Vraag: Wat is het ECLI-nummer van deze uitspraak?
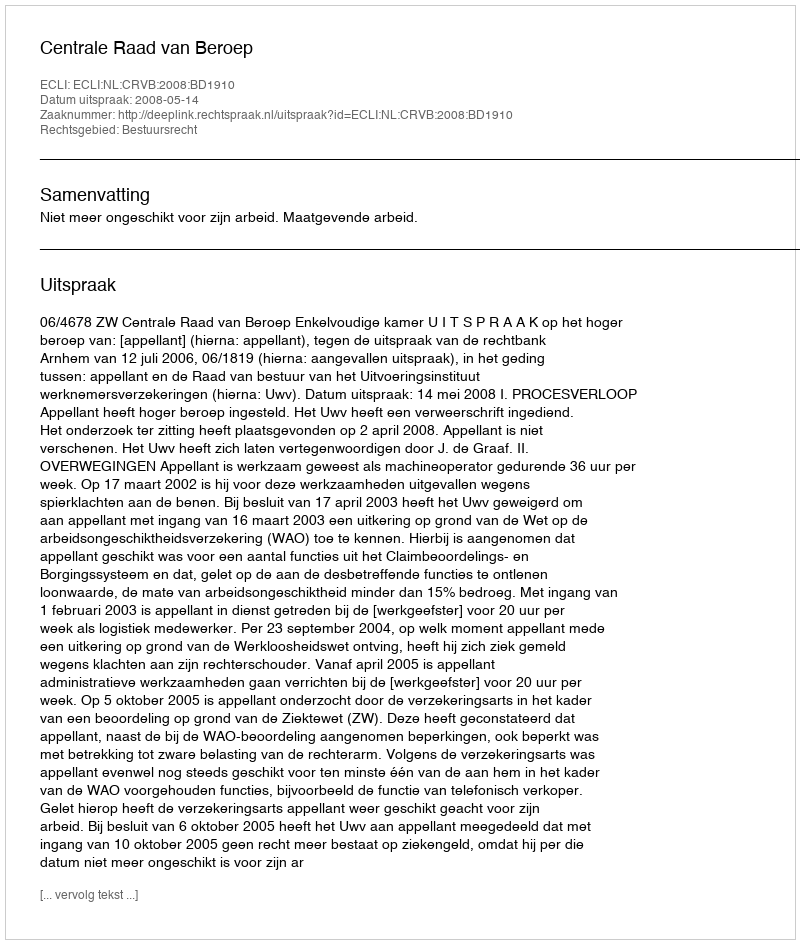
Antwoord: ECLI:NL:CRVB:2008:BD1910